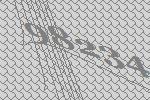
98234